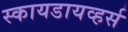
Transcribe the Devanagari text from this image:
स्कायडायव्हर्स